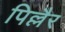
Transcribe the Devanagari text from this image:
पिल्लैर